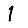
Digit: 1